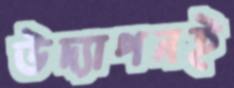
উদ্যাপনই